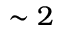
\sim 2